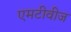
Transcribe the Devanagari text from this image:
एमटीवीज